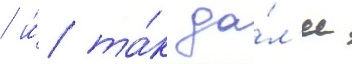
/ и́ та́к да́л'ее